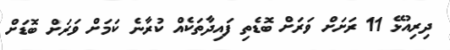
ދިރިއުޅޭ 11 ރަށަށް ވަރަށް ބޮޑެތި ފައިދާތަކެއް ކުރާނެ ކަމަށް ވަރަށް ބޮޑަށް